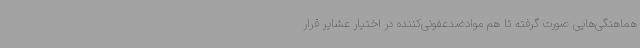
هماهنگی‌هایی صورت گرفته تا هم موادضدعفونی‌کننده در اختیار عشایر قرار